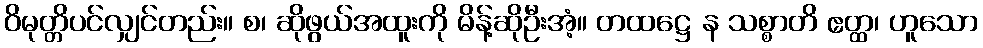
ဝိမုတ္တိပင်လျှင်တည်း။ စ၊ ဆိုဖွယ်အထူးကို မိန့်ဆိုဦးအံ့။ တထဋ္ဌေ န သစ္စာတိ ဧတ္ထ၊ ဟူသော